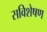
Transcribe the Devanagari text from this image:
सविशेषण